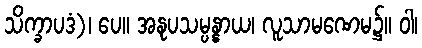
သိက္ခာပဒံ)၊ ပေ။ အနုပသမ္ပန္နာယ၊ လူသာမဏေမ၌။ ဝါ၊